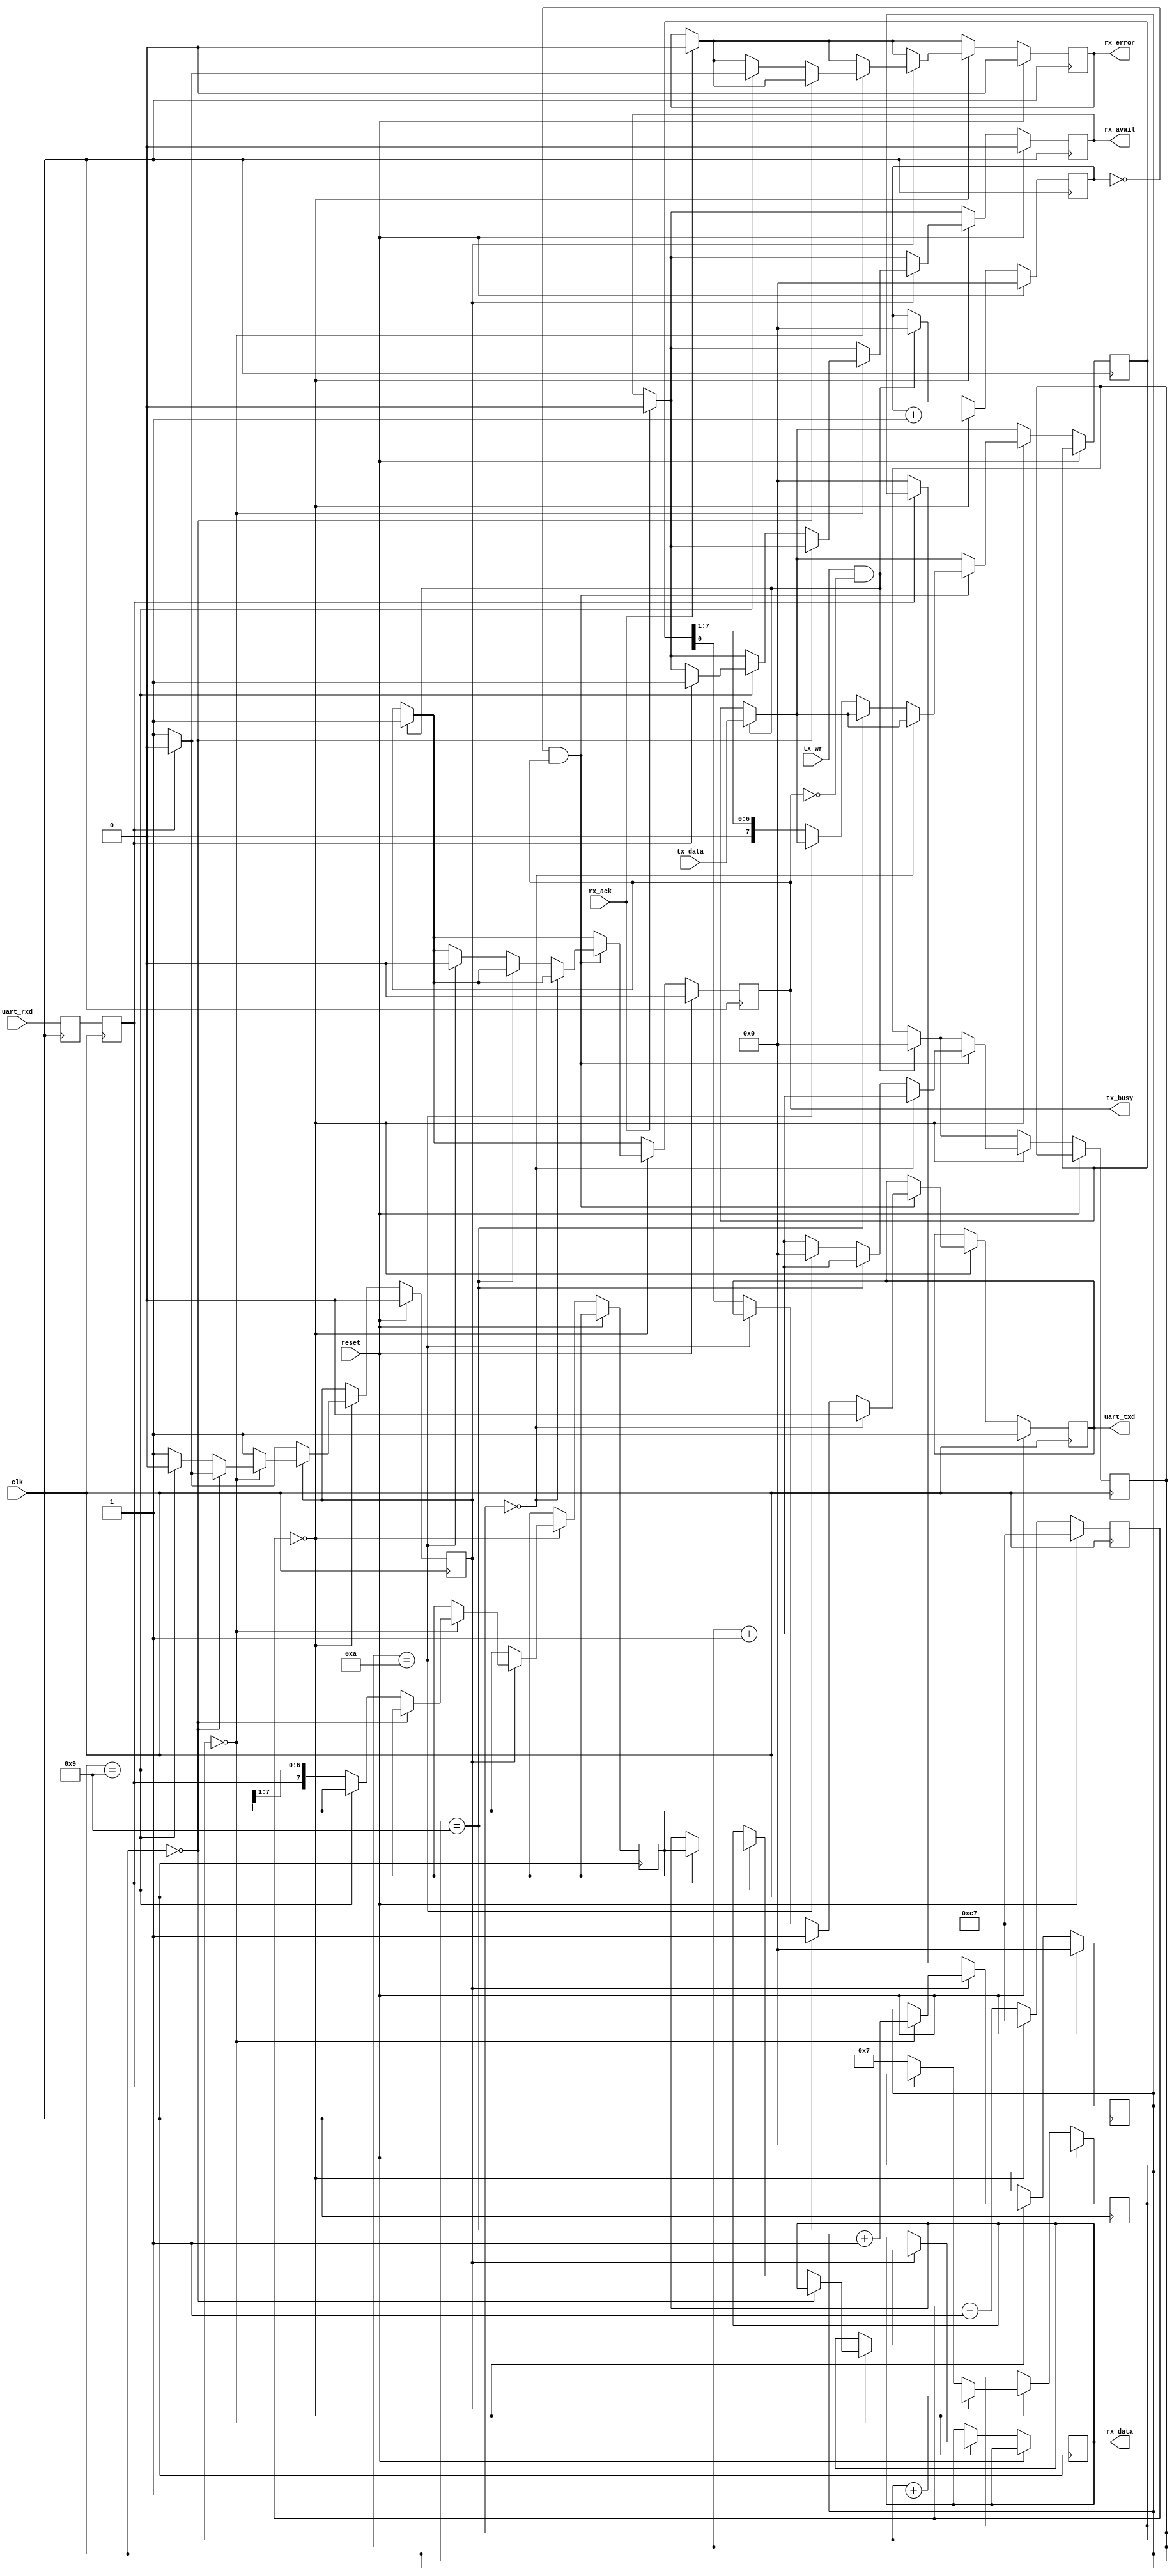
//-----------------------------------------------------
// Design Name : uart 
//-----------------------------------------------------
module uart #(
	parameter          freq_hz = 100000000,
//	parameter          baud    = 115200
	parameter          baud    = 31250
) (
	input              reset,
	input              clk,
	// UART lines
	input              uart_rxd,
	output reg         uart_txd,
	// 
	output reg [7:0]   rx_data,
	output reg         rx_avail,
	output reg         rx_error,
	input              rx_ack,
	input      [7:0]   tx_data,
	input              tx_wr,
	output reg         tx_busy
);

parameter divisor = freq_hz/baud/16;

//-----------------------------------------------------------------
// enable16 generator
//-----------------------------------------------------------------
reg [15:0] enable16_counter;

wire    enable16;
assign  enable16 = (enable16_counter == 0);

always @(posedge clk)
begin
	if (reset) begin
		enable16_counter <= divisor-1;
	end else begin
		enable16_counter <= enable16_counter - 1;
		if (enable16_counter == 0) begin
			enable16_counter <= divisor-1;
		end
	end
end

//-----------------------------------------------------------------
// syncronize uart_rxd
//-----------------------------------------------------------------
reg uart_rxd1;
reg uart_rxd2;

always @(posedge clk)
begin
	uart_rxd1 <= uart_rxd;
	uart_rxd2 <= uart_rxd1;
end

//-----------------------------------------------------------------
// UART RX Logic
//-----------------------------------------------------------------
reg       rx_busy;
reg [3:0] rx_count16;
reg [3:0] rx_bitcount;
reg [7:0] rxd_reg;

always @ (posedge clk)
begin
	if (reset) begin
		rx_busy     <= 0;
		rx_count16  <= 0;
		rx_bitcount <= 0;
		rx_avail    <= 0;
		rx_error    <= 0;
	end else begin 
		if (rx_ack) begin
			rx_avail <= 0;
			rx_error <= 0;
		end

		if (enable16) begin
			if (!rx_busy) begin           // look for start bit
				if (!uart_rxd2) begin     //     start bit found
					rx_busy     <= 1;
					rx_count16  <= 7;
					rx_bitcount <= 0;
				end
			end else begin
				rx_count16 <= rx_count16 + 1;

				if (rx_count16 == 0) begin      // sample 
					rx_bitcount <= rx_bitcount + 1;

					if (rx_bitcount == 0) begin          // verify startbit
						if (uart_rxd2) begin
							rx_busy <= 0;
						end
					end else if (rx_bitcount == 9) begin // look for stop bit
						rx_busy <= 0;
						if (uart_rxd2) begin             //   stop bit ok
							rx_data  <= rxd_reg;
							rx_avail <= 1;
							rx_error <= 0;
						end else begin                  //   bas stop bit
							rx_error <= 1;
						end
					end else begin
						rxd_reg <= { uart_rxd2, rxd_reg[7:1] };
					end
				end
			end 
		end
	end
end

//-----------------------------------------------------------------
// UART TX Logic
//-----------------------------------------------------------------
reg [3:0] tx_bitcount;
reg [3:0] tx_count16;
reg [7:0] txd_reg;

always @ (posedge clk)
begin
	if (reset) begin
		tx_busy     <= 0;
		uart_txd    <= 1;
		tx_count16  <= 0;
	end else begin
		if (tx_wr && !tx_busy) begin
			txd_reg     <= tx_data;
			tx_bitcount <= 0;
			tx_count16  <= 0;
			tx_busy     <= 1;
		end 

		if (enable16) begin
			tx_count16  <= tx_count16 + 1;

			if ((tx_count16 == 0) && tx_busy) begin
				tx_bitcount <= tx_bitcount + 1;
				
				if (tx_bitcount == 0) begin
					uart_txd <= 'b0;
				end else if (tx_bitcount ==  9) begin
					uart_txd <= 'b1;
				end else if (tx_bitcount == 10) begin
					tx_bitcount <= 0;
					tx_busy  <= 0;
				end else begin
					uart_txd <= txd_reg[0];
					txd_reg  <= { 1'b0, txd_reg[7:1] };
				end
			end

		end
	end
end


endmodule